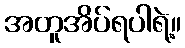
အတူအိပ်ရပါရဲ့။